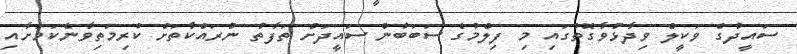
ސައީދުގެ ވަކީލް ވިދާޅުވާގޮތުގައި މި ފިލްމުގެ ސަބަބުން ސައީދަށް ތަފާތު ނުރައްކާތަށް ކުރިމަތިވާނެކަމަށާއި